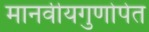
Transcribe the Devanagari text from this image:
मानवीयगुणोपेत